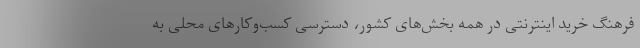
فرهنگ خرید اینترنتی در همه بخش‌های کشور، دسترسی کسب‌وکارهای محلی به